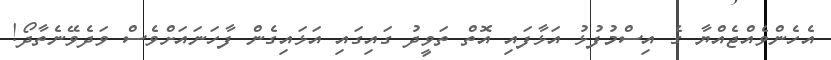
އެހެންވެއްޖެއްޔާ ގެ އިސްމުފުޅު އަޅާފައި އޮތް ތަވީދު ގައިގައި އަޅައިގެން ފާހަނައަށްވެސް ވަދެވޭނެތާދޯ!